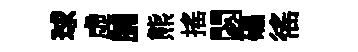
球虚脯熊揺閟礧徭